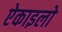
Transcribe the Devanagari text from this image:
ऐकाइलो